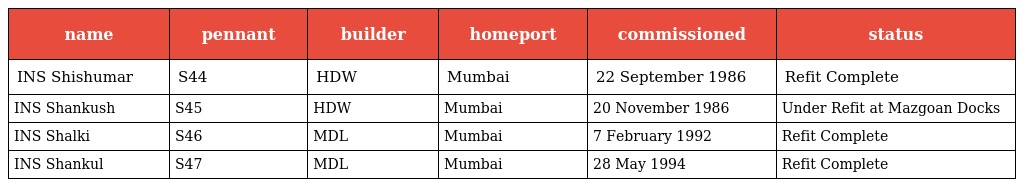
| name | pennant | builder | homeport | commissioned | status |
 | --- | --- | --- | --- | --- | --- |
 | INS Shishumar | S44 | HDW | Mumbai | 22 September 1986 | Refit Complete |
 | INS Shankush | S45 | HDW | Mumbai | 20 November 1986 | Under Refit at Mazgoan Docks |
 | INS Shalki | S46 | MDL | Mumbai | 7 February 1992 | Refit Complete |
 | INS Shankul | S47 | MDL | Mumbai | 28 May 1994 | Refit Complete |